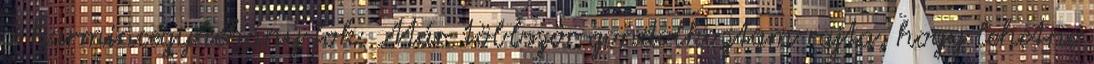
a harmincegynéhány fok. Már többször gondolkoztam rajta, hogy lehetne